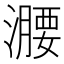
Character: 𣿺